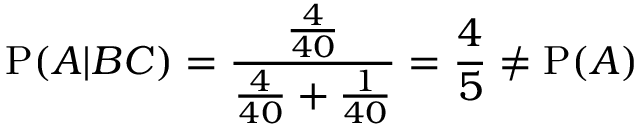
\mathrm { P } ( A | B C ) = { \frac { \frac { 4 } { 4 0 } } { { \frac { 4 } { 4 0 } } + { \frac { 1 } { 4 0 } } } } = { \frac { 4 } { 5 } } \neq \mathrm { P } ( A )